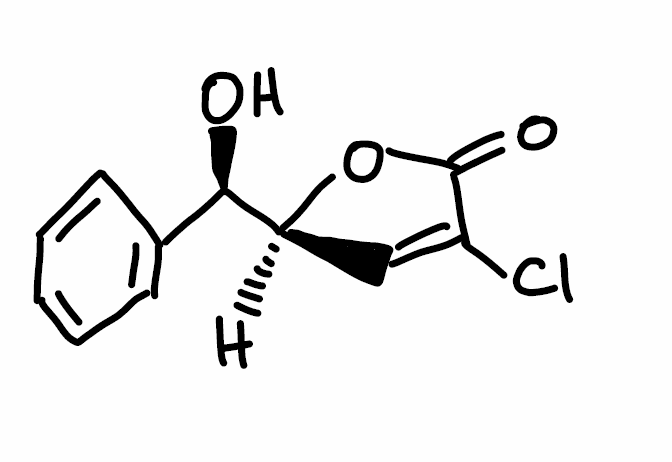
Simplified molecular-input line-entry system (SMILES) notation of the given molecule:
C1=CC=C(C=C1)[C@H]([C@@H]2C=C(C(=O)O2)Cl)O